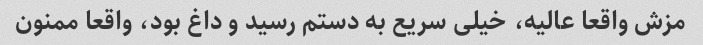
مزش واقعا عالیه، خیلی سریع به دستم رسید و داغ بود، واقعا ممنون